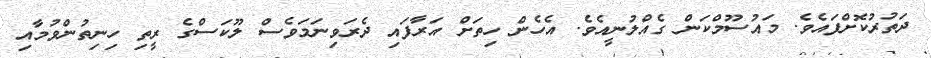
ދަތުރުކޮށްފައެވެ. މައުސޫމްކަން ގެއްލުނީއެވެ. އެހެން ހިތަށް އަރާފައި ދެރަވިނަމަވެސް ލޫކަސްގެ ރީތި ހިނިތުންވުމާއި